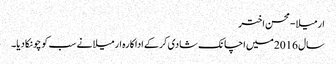
ارمیلا-محسن اختر
سال 2016میں اچانک شادی کرکے اداکارہ ارمیلا نے سب کو چونکا دیا۔